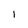
Character: I